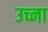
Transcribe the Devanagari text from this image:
उच्ना